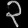
Digit: ၃